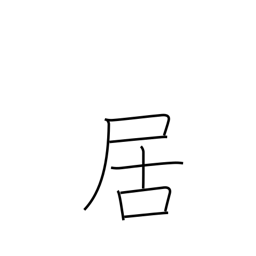
Meaning: to be